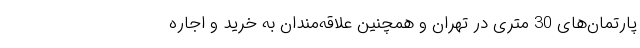
پارتمان‌های 30 متری در تهران و همچنین علاقه‌مندان به خرید و اجاره